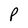
Character: P